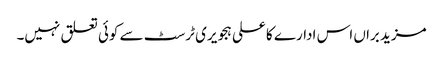
مزید براں اس ادارے کا علی ہجویری ٹرسٹ سے کوئی تعلق نہیں۔